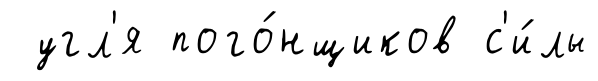
угл'я пого́нщиков с'и́лы